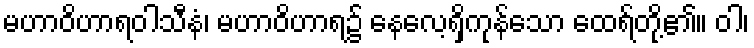
မဟာဝိဟာရဝါသီနံ၊ မဟာဝိဟာရ၌ နေလေ့ရှိကုန်သော ထေရ်တို့၏။ ဝါ၊